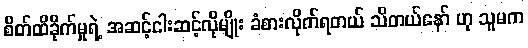
စိတ်ထိခိုက်မှုရဲ့ အဆင့်ငါးဆင့်လိုမျိုး ခံစားလိုက်ရတယ် သိတယ်နော် ဟု သူမက